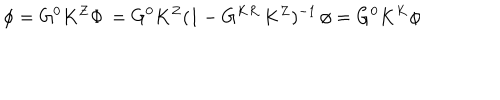
LaTeX: \phi = G ^ { 0 } K ^ { Z } \Phi \, = G ^ { 0 } K ^ { Z } ( 1 - G ^ { K R } \, K ^ { Z } ) ^ { - 1 } \, \phi = G ^ { 0 } K ^ { K } \phi